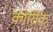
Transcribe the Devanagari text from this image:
काति॔क